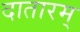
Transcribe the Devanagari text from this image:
दातारम्